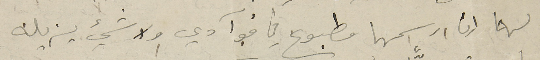
لهما إن رسمها مطبوع في فوآدي ولا شيء يزيلنه